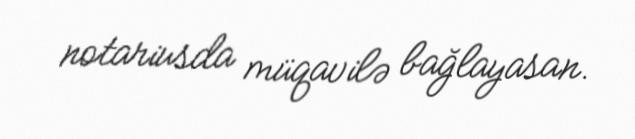
notariusda müqavilə bağlayasan.